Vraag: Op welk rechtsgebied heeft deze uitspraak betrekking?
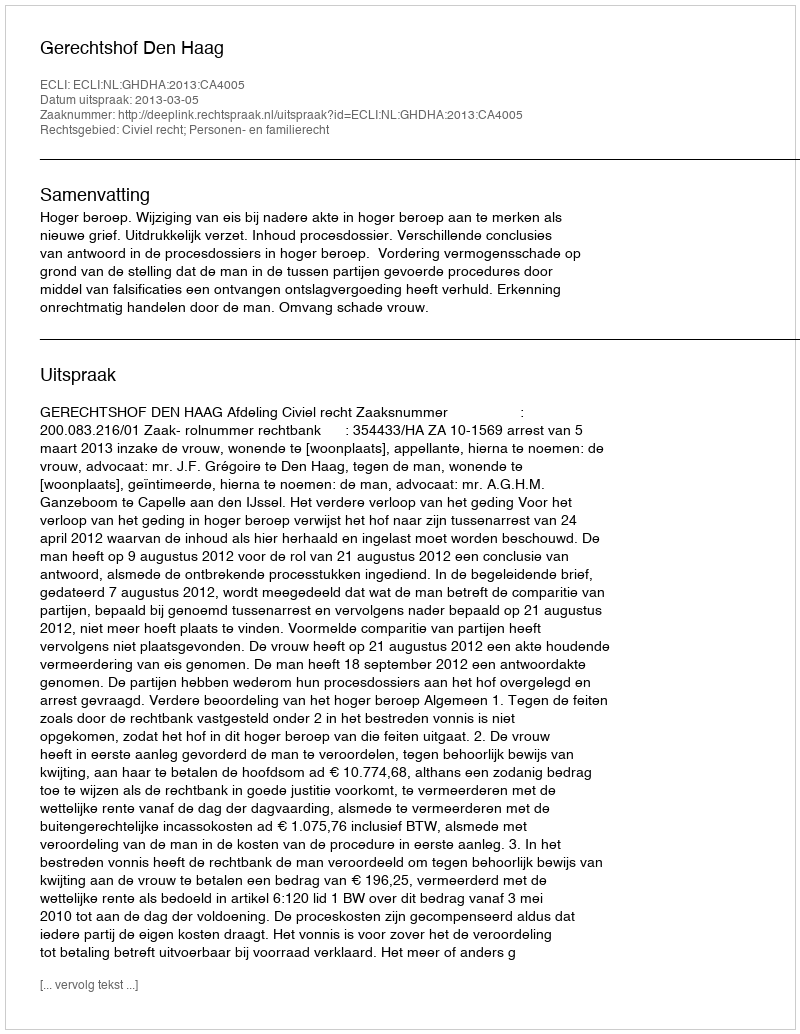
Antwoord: Civiel recht; Personen- en familierecht